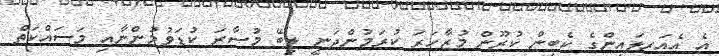
އެ އެއަރލައިންގެ ކެބިން ކުރޫން މުޒާހަރަ ކުރަމުންދަނީ ލިބޭ މުސާރަ ކުޑަވުމުންނާއި މަސައްކަތް